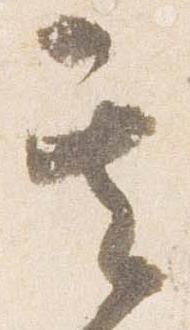
其